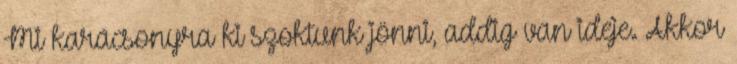
Mi karácsonyra ki szoktunk jönni, addig van ideje. Akkor